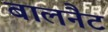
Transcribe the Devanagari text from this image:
बालनैट